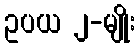
ဥပယ ၂-မျိုး